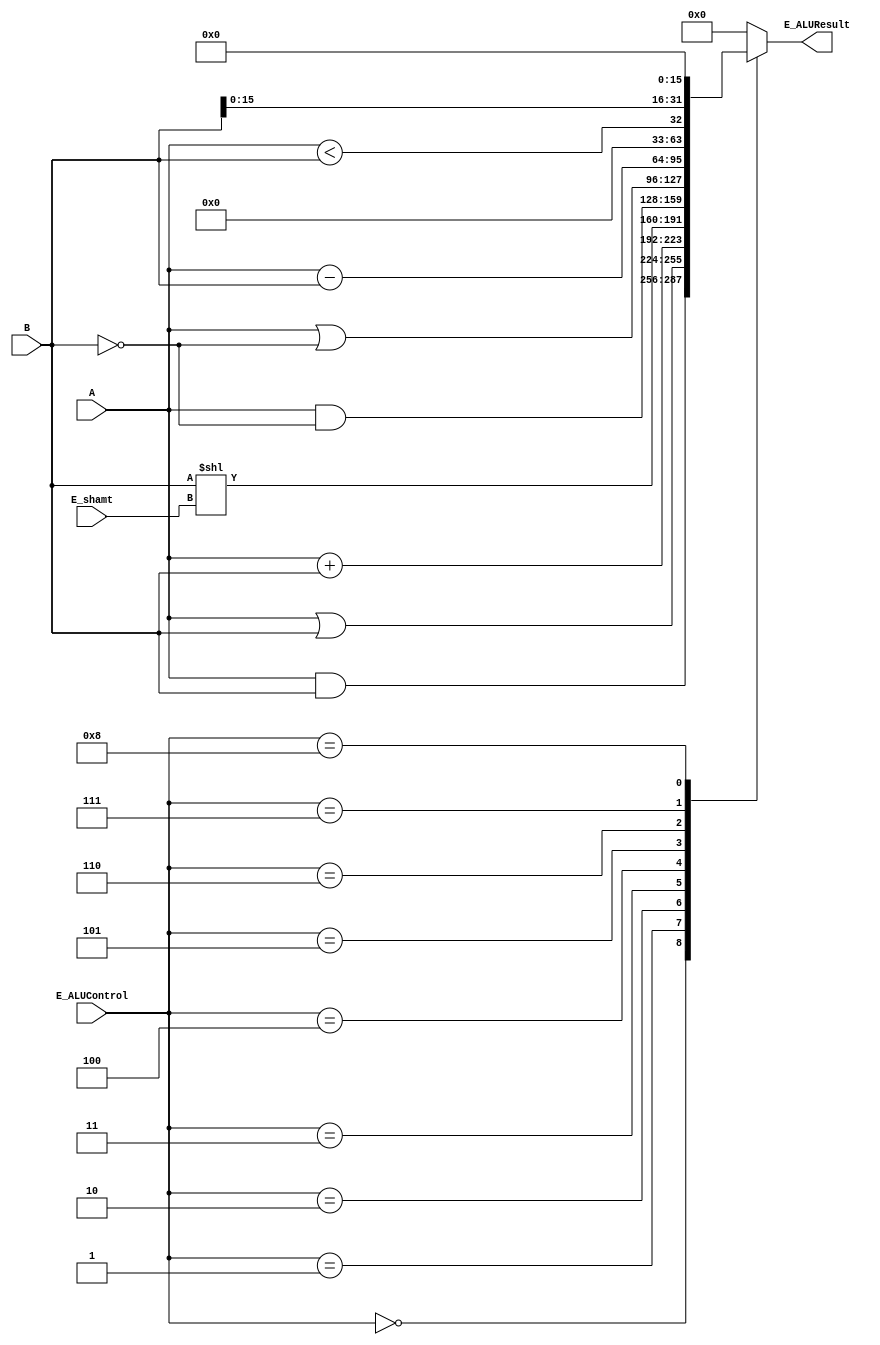
module E_ALU(
    input [31:0] A,
    input [31:0] B,
    input [3:0] E_ALUControl,
    input [4:0] E_shamt,
    output reg [31:0] E_ALUResult);

    parameter AND_ALU = 4'b0000, OR_ALU = 4'b0001, ADDU_ALU = 4'b0010, SLL_ALU = 4'b0011, AND_N_ALU = 4'b0100;
    parameter OR_N_ALU = 4'b0101, SUBU_ALU = 4'b0110, SLT_ALU = 4'b0111, LUI_ALU = 4'b1000;

    always @(*) begin
        case (E_ALUControl)
            AND_ALU:        E_ALUResult = A & B;
            OR_ALU:         E_ALUResult = A | B;
            ADDU_ALU:        E_ALUResult = A + B;
            SLL_ALU:        E_ALUResult = B << E_shamt;
            AND_N_ALU:      E_ALUResult = A & ~B;
            OR_N_ALU:       E_ALUResult = A | ~B;
            SUBU_ALU:        E_ALUResult = A - B;
            SLT_ALU:        E_ALUResult = {{31'd0}, A < B};
            LUI_ALU:        E_ALUResult = B << 16;
            default:        E_ALUResult = 0;
        endcase
    end

endmodule